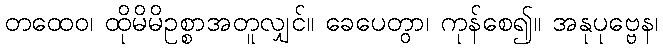
တထေဝ၊ ထိုမိမိဥစ္စာအတူလျှင်။ ခေပေတွာ၊ ကုန်စေ၍။ အနုပုဗ္ဗေန၊